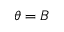
{ \boldsymbol \theta } = B